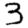
Digit: 3